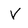
Character: V